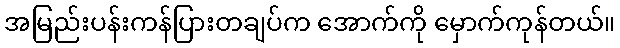
အမြည်းပန်းကန်ပြားတချပ်က အောက်ကို မှောက်ကုန်တယ်။